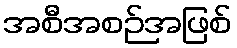
အစီအစဉ်အဖြစ်